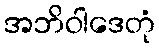
အဘိဝါဒေတုံ